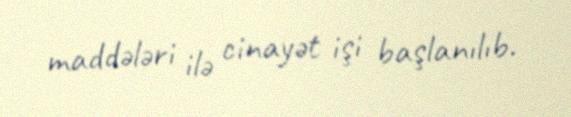
maddələri ilə cinayət işi başlanılıb.